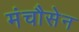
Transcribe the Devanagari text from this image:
मंचौसेन